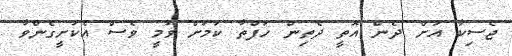
ޖެސިކާ އަށް ދެން އޮތީ ދެތިން ހަފްތާ ކަމަށް ވުމީ ވެސް އެކަށީގެންވާ